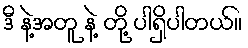
ဒီ နဲ့အတူ နဲ့ တို့ ပါရှိပါတယ်။